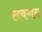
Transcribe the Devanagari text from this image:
लवणन